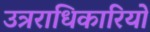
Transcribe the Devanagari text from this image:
उत्रराधिकारियों